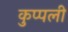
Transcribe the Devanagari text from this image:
कुप्पली